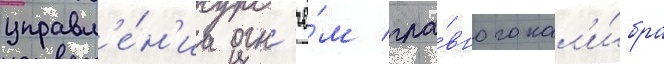
управл'е́н'иа огн'ё́м гла́вного кал'и́бра